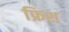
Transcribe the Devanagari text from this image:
फ्रिश